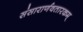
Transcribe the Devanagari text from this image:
संसारार्णवतारकम्